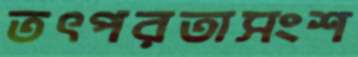
তৎপরতাসংশ